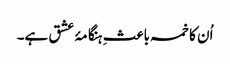
اُن کا خمسہ باعثِ ہنگامۂ عشق ہے۔